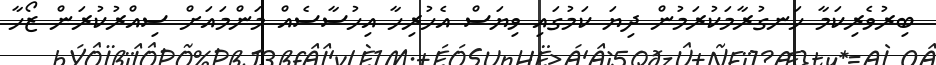
ބިރުވެރިކަމާ ހަނގުރާމަކުރަމުން ދިޔަ ކަމުގައި ވިޔަސް އެހުރިހާ އިހުސާސެއް މަންމައަށް ސިއްރުކުރަން ޒޯހާ